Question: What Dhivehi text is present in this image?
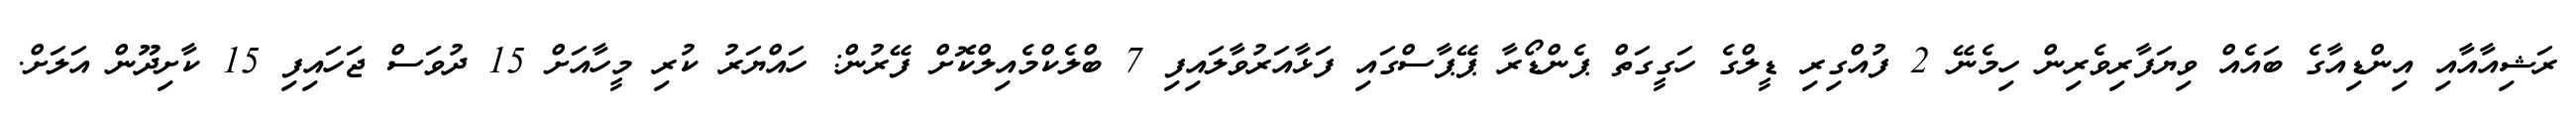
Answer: ރަޝިއާއާއި އިންޑިއާގެ ބައެއް ވިޔަފާރިވެރިން ހިމެނޭ 2 ފުއްގިރި ޑީލްގެ ހަގީގަތް ޕެންޑޯރާ ޕޭޕާސްގައި ފަޅާއަރުވާލައިފި 7 ބްލެކްމެއިލްކޮށް ފޭރުން: ހައްޔަރު ކުރި މީހާއަށް 15 ދުވަސް ޖަހައިފި 15 ކާށިދޫން އަލަށް.